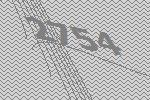
2754